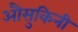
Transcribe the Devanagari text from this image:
औसुकिनी